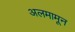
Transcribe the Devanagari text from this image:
अलमामून